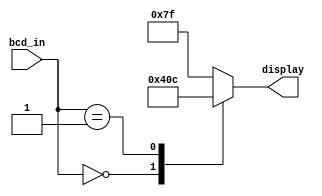
module seven_seg_AP_decoder(display,bcd_in);
  
  output reg[6:0] display;
  input [3:0] bcd_in;

  
  parameter BLANK = 7'b111_1111;
  parameter AM = 7'b000_1000;
  parameter PM = 7'b000_1100;

  always @(bcd_in)
  case (bcd_in)
    0: display = AM;
    1: display = PM;
  
    default :display =BLANK;
  endcase
endmodule